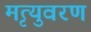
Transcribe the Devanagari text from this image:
मृत्युवरण